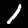
Digit: 1